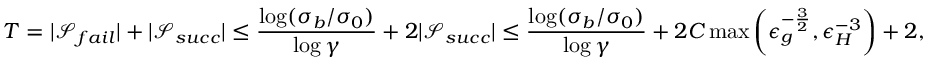
T = | \mathcal { S } _ { f a i l } | + | \mathcal { S } _ { s u c c } | \le \frac { \log ( \sigma _ { b } / \sigma _ { 0 } ) } { \log { \gamma } } + 2 | \mathcal { S } _ { s u c c } | \le \frac { \log ( \sigma _ { b } / \sigma _ { 0 } ) } { \log { \gamma } } + 2 C \operatorname* { m a x } \left( \epsilon _ { g } ^ { - \frac { 3 } { 2 } } , \epsilon _ { H } ^ { - 3 } \right) + 2 ,